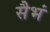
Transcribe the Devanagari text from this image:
सैभं